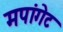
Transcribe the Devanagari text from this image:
मपांगेट